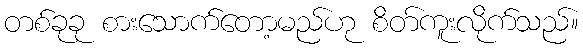
တစ်ခုခု စားသောက်တော့မည်ဟု စိတ်ကူးလိုက်သည်။